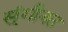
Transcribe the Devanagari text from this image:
स्ंगीनत